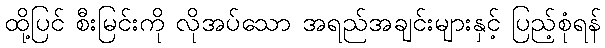
ထို့ပြင် စီးမြင်းကို လိုအပ်သော အရည်အချင်းများနှင့် ပြည့်စုံရန်